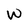
Character: W